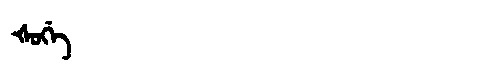
Manchu: ᡧᠣᡤᡝ
Romanization: ŠOGE